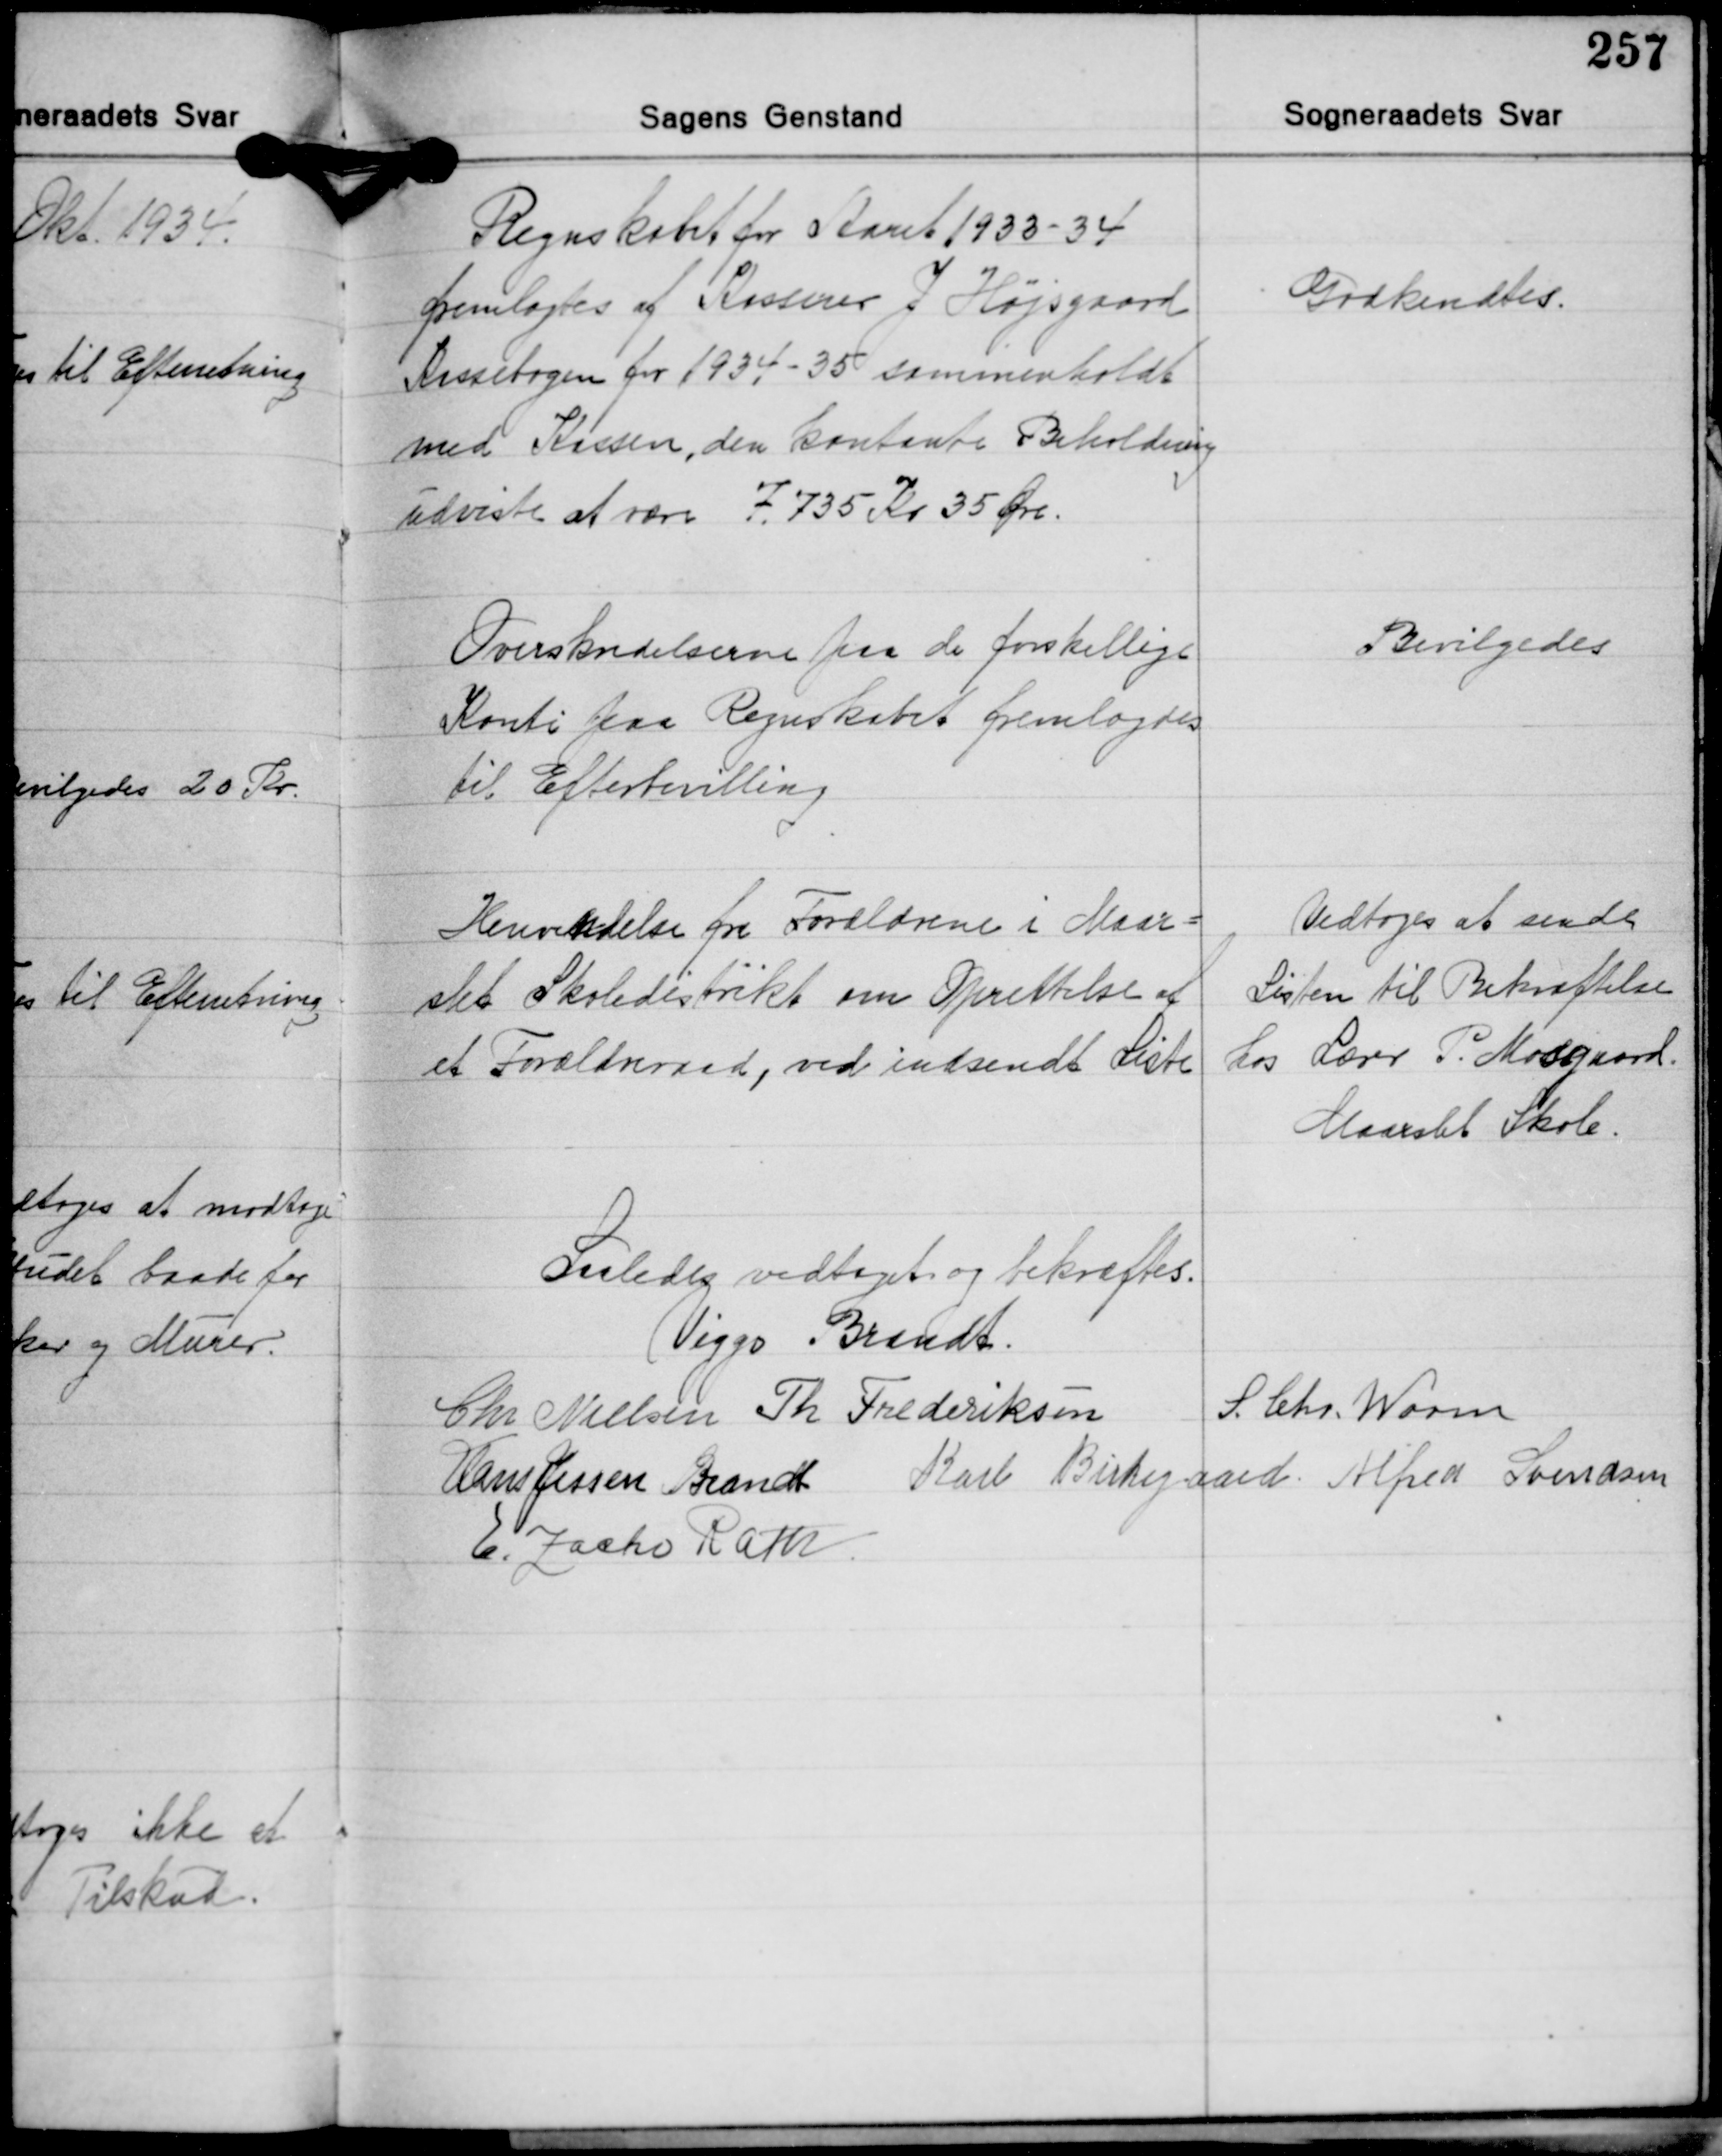
Transskription:
Regnskabet for Aaret 1933-34
fremlagdes af Kasserer J. Højsgaard
Kassebogen for 1934-35 sammenholdt
med Kassen, den kontante Beholdning
udviste at være 7.735 Kr. 35 Øre.

Godkendtes.

Overskridelserne paa de forskellige
Konti paa Regnskabet fremlagdes
til Efterbevilling

Bevilgedes

Henvendelse fra Forældrene i Maar-
slet Skoledistrikt om Oprettelse af
et Forældreraad, ved indsendt Liste

Vedtoges at sende
Listen til Bekræftelse
Los Lærer P. Mosgaard.
Maarslet Skole.

Saledes vedtaget og bekræftes.
Viggo Brandt
S. Chr. Worm
Chr. Nielsen Th. Frederiksen
Hans Jessen Brandt Karl Birkegaard Alfred Svendsen
E. Zacho Rath